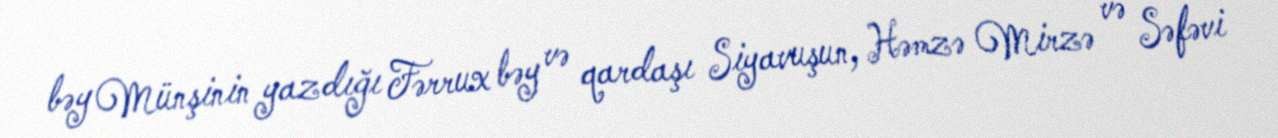
bəy Münşinin yazdığı Fərrux bəy və qardaşı Siyavuşun, Həmzə Mirzə və Səfəvi